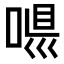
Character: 𠶼